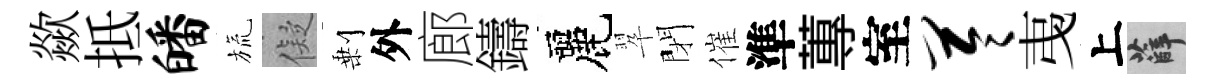
歘抵皤旒儗剰外廊鑄麗翆閉催準蓴室苓𢎯上薛